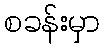
စခန်းမှာ